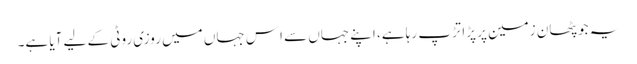
یہ جو پٹھان زمین پر پڑا تڑپ رہا ہے، اپنے جہاں سے اِس جہاں میں روزی روٹی کے لیے آیا ہے۔